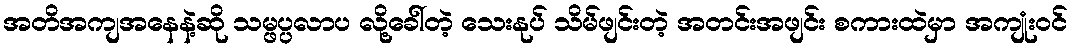
အတိအကျအနေနဲ့ဆို သမ္ဖပ္ပလာပ လို့ခေါ်တဲ့ သေးနုပ် သိမ်ဖျင်းတဲ့ အတင်းအဖျင်း စကားထဲမှာ အကျုံးဝင်